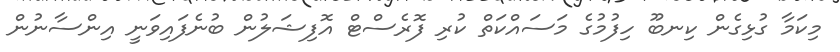
މިކަމާ ގުޅިގެން ކިނބޫ ހިފުމުގެ މަސައްކަތް ކުރި ފޮރެސްޓް އޮފިޝަލުން ބުނެފައިވަނީ އިންސާނުން